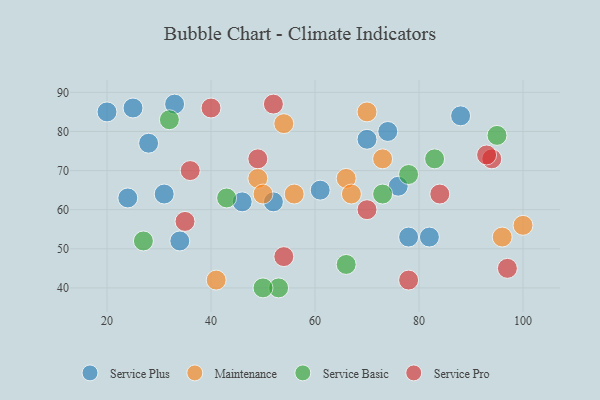
{"axis": {"x": "GDP", "y": "Life Expectancy"}, "legend": ["Maintenance", "Service Basic", "Service Plus", "Service Pro"], "data": [{"x": "76", "y": 66, "type": "Service Plus"}, {"x": "82", "y": 53, "type": "Service Plus"}, {"x": "28", "y": 77, "type": "Service Plus"}, {"x": "52", "y": 62, "type": "Service Plus"}, {"x": "33", "y": 87, "type": "Service Plus"}, {"x": "70", "y": 78, "type": "Service Plus"}, {"x": "88", "y": 84, "type": "Service Plus"}, {"x": "46", "y": 62, "type": "Service Plus"}, {"x": "61", "y": 65, "type": "Service Plus"}, {"x": "20", "y": 85, "type": "Service Plus"}, {"x": "78", "y": 53, "type": "Service Plus"}, {"x": "25", "y": 86, "type": "Service Plus"}, {"x": "34", "y": 52, "type": "Service Plus"}, {"x": "31", "y": 64, "type": "Service Plus"}, {"x": "74", "y": 80, "type": "Service Plus"}, {"x": "24", "y": 63, "type": "Service Plus"}, {"x": "66", "y": 68, "type": "Maintenance"}, {"x": "96", "y": 53, "type": "Maintenance"}, {"x": "49", "y": 68, "type": "Maintenance"}, {"x": "100", "y": 56, "type": "Maintenance"}, {"x": "54", "y": 82, "type": "Maintenance"}, {"x": "41", "y": 42, "type": "Maintenance"}, {"x": "67", "y": 64, "type": "Maintenance"}, {"x": "50", "y": 64, "type": "Maintenance"}, {"x": "70", "y": 85, "type": "Maintenance"}, {"x": "56", "y": 64, "type": "Maintenance"}, {"x": "73", "y": 73, "type": "Maintenance"}, {"x": "95", "y": 79, "type": "Service Basic"}, {"x": "53", "y": 40, "type": "Service Basic"}, {"x": "78", "y": 69, "type": "Service Basic"}, {"x": "27", "y": 52, "type": "Service Basic"}, {"x": "32", "y": 83, "type": "Service Basic"}, {"x": "73", "y": 64, "type": "Service Basic"}, {"x": "83", "y": 73, "type": "Service Basic"}, {"x": "50", "y": 40, "type": "Service Basic"}, {"x": "43", "y": 63, "type": "Service Basic"}, {"x": "66", "y": 46, "type": "Service Basic"}, {"x": "94", "y": 73, "type": "Service Pro"}, {"x": "70", "y": 60, "type": "Service Pro"}, {"x": "36", "y": 70, "type": "Service Pro"}, {"x": "40", "y": 86, "type": "Service Pro"}, {"x": "52", "y": 87, "type": "Service Pro"}, {"x": "49", "y": 73, "type": "Service Pro"}, {"x": "93", "y": 74, "type": "Service Pro"}, {"x": "84", "y": 64, "type": "Service Pro"}, {"x": "78", "y": 42, "type": "Service Pro"}, {"x": "54", "y": 48, "type": "Service Pro"}, {"x": "35", "y": 57, "type": "Service Pro"}, {"x": "97", "y": 45, "type": "Service Pro"}]}